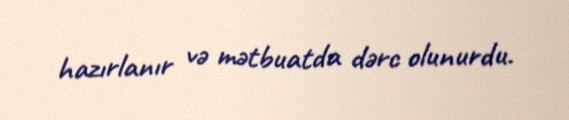
hazırlanır və mətbuatda dərc olunurdu.